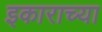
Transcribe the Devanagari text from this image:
इकाराच्या